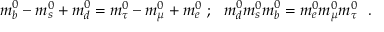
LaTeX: m _ { b } ^ { 0 } - m _ { s } ^ { 0 } + m _ { d } ^ { 0 } = m _ { \tau } ^ { 0 } - m _ { \mu } ^ { 0 } + m _ { e } ^ { 0 } ~ ; ~ ~ m _ { d } ^ { 0 } m _ { s } ^ { 0 } m _ { b } ^ { 0 } = m _ { e } ^ { 0 } m _ { \mu } ^ { 0 } m _ { \tau } ^ { 0 } ~ ~ .